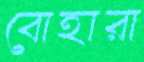
বোহারা